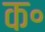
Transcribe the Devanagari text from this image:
क॰